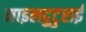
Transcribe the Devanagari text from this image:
माइलदुटुराई